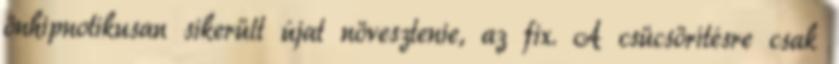
önhipnotikusan sikerült újat növesztenie, az fix. A csücsörítésre csak